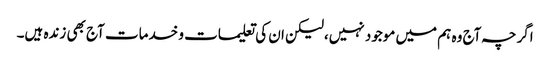
اگرچہ آج وہ ہم میں موجود نہیں،لیکن ان کی تعلیمات و خدمات آج بھی زندہ ہیں۔